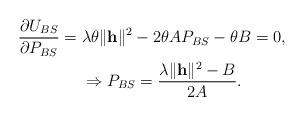
LaTeX: \begin{align*}\frac{\partial U_{BS}}{\partial P_{BS}} & = \lambda \theta \|\mathbf{h}\|^{2} - 2 \theta A P_{BS} - \theta B = 0, \\&~~~~ \Rightarrow P_{BS} = \frac{\lambda \|\mathbf{h}\|^{2} - B}{2 A}.\end{align*}